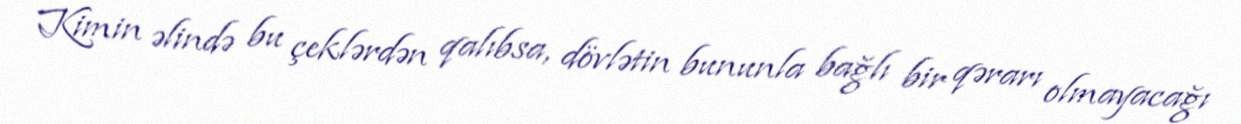
Kimin əlində bu çeklərdən qalıbsa, dövlətin bununla bağlı bir qərarı olmayacağı